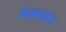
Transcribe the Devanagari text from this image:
केशवालाच